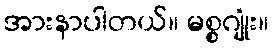
အားနာပါတယ်။ မစ္စဂျုံး။